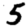
Digit: 5